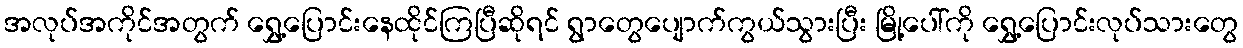
အလုပ်အကိုင်အတွက် ရွှေ့ပြောင်းနေထိုင်ကြပြီဆိုရင် ရွာတွေပျောက်ကွယ်သွားပြီး မြို့ပေါ်ကို ရွှေ့ပြောင်းလုပ်သားတွေ